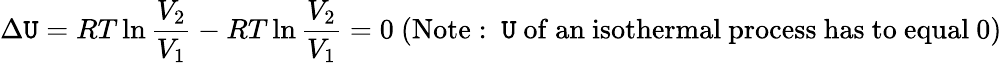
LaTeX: \Delta\mathtt{U}=RT\ln{\frac{{V_{2}}}{{V_{1}}}}-RT\ln{\frac{{V_{2}}}{{V_{1}}}}=0{\mathrm{{~(Note:~\mathtt{U}~of~an~isothermal~process~has~to~equal~0)}}}